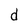
Character: d